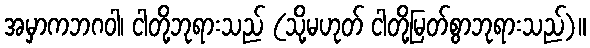
အမှာကဘဂဝါ၊ ငါတို့ဘုရားသည် (သို့မဟုတ် ငါတို့မြတ်စွာဘုရားသည်)။